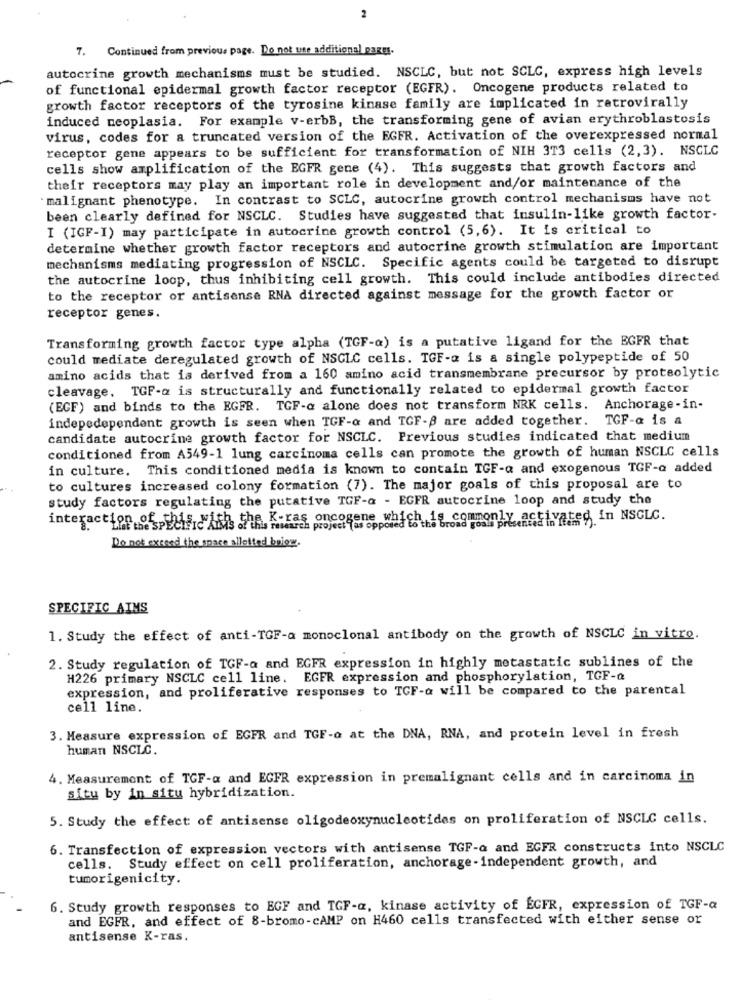
2
7. Continued from previous page. Do not use additional pages.
autocrine growth mechanisms must be studied. NSCLC, but not SCLC, express high levels
of functional epidermal growth factor receptor (EGFR). Oncogene products related to
growth factor receptors of the tyrosine kinase family are implicated in retrovirally
induced neoplasia. For example v-erbB, the transforming gene of avian erythroblastosis
virus, codes for a truncated version of the EGFR. Activation of the overexpressed normal
receptor gene appears to be sufficient for transformation of NIH 3T3 cells (2,3). NSCLC
cells show amplification of the EGFR gene (4). This suggests that growth factors and
their receptors may play an important role in development and/or maintenance of the
' malignant phenotype. In contrast to SCLC, autocrine growth control mechanisms have not
been clearly defined for NSCLC. Studies have suggested that insulin-like growth factor-
I (IGF-I) may participate in autocrine growth control (5,6). It is critical to
determine whether growth factor receptors and autocrine growth stimulation are important
mechanisms mediating progression of NSCLC. Specific agents could be targeted to disrupt
the autocrine loop, thus inhibiting cell growth. This could include antibodies directed
to the receptor or antisense RNA directed against message for the growth factor or
receptor genes.
Transforming growth factor type alpha (TGF-a) is a putative ligand for the EGFR that
could mediate deregulated growth of NSCLC cells. TGF-a is a single polypeptide of 50
amino acids that is derived from a 160 amino acid transmembrane precursor by proteolytic
cleavage. TGF-a is structurally and functionally related to epidermal growth factor
(ECF) and binds to the EGFR. TGF-a alone does not transform NRK cells. Anchorage-in-
indepedependent growth is seen when TGF-a and TGF-8 are added together. TGF-a is a
candidate autocrine growth factor for NSCLC. Previous studies indicated that medium
conditioned from A549-1 lung carcinoma cells can promote the growth of human NSCLC cells
in culture. This conditioned media is known to contain TGF-a and exogenous TGF-Q added
to cultures increased colony formation (7). The major goals of this proposal are to
study factors regulating the putative TGF-a - EGFR autocrine loop and study the
8. Lifthe SPECIFIC Atis the. Kiras oncogene which is commonly act
ted in NSCLC.
Do not exceed the space allotted below.
SPECIFIC AIMS
1. Study the effect of anti-TGF-a monoclonal antibody on the growth of NSCLC in vitro.
2. Study regulation of TGF-a and EGFR expression in highly metastatic sublines of the
H226 primary NSCLC cell line. EGFR expression and phosphorylation, TGF-Q
expression, and proliferative responses to TCF-Q will be compared to the parental
cell line.
3. Measure expression of EGFR and TGF-o at the DNA, RNA, and protein level in fresh
human NSCLC.
4. Measurement of TGF-a and EGFR expression in premalignant cells and in carcinoma in
situ by in situ hybridization.
5. Study the effect of antisense oligodeoxynucleotides on proliferation of NSCLC cells.
6. Transfection of expression vectors with antisense TGF-a and EGFR constructs into NSCLC
cells. Study effect on cell proliferation, anchorage -independent growth, and
tumorigenicity.
6. Study growth responses to EGF and TGF-a, kinase activity of ECFR, expression of TGF-a
and EGFR, and effect of 8-bromo-cAMP on H460 cells transfected with either sense or
antisense K-ras.